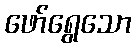
ဖော်ရွေသော